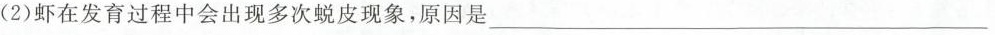
(2)虾在发育过程中会出现多次蜕皮现象，原因是\underline